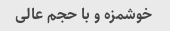
خوشمزه و با حجم عالی